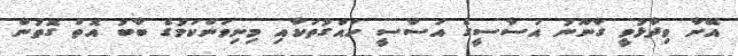
އޭނާ ވިދާޅުވީ ގާނޫނު އަސާސީގެ އަސާސީ ހައްގުތަކާއި މިނިވަންކަމުގެ ބާބު އޮތް ގޮތުން